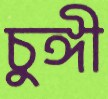
চুঙ্গী